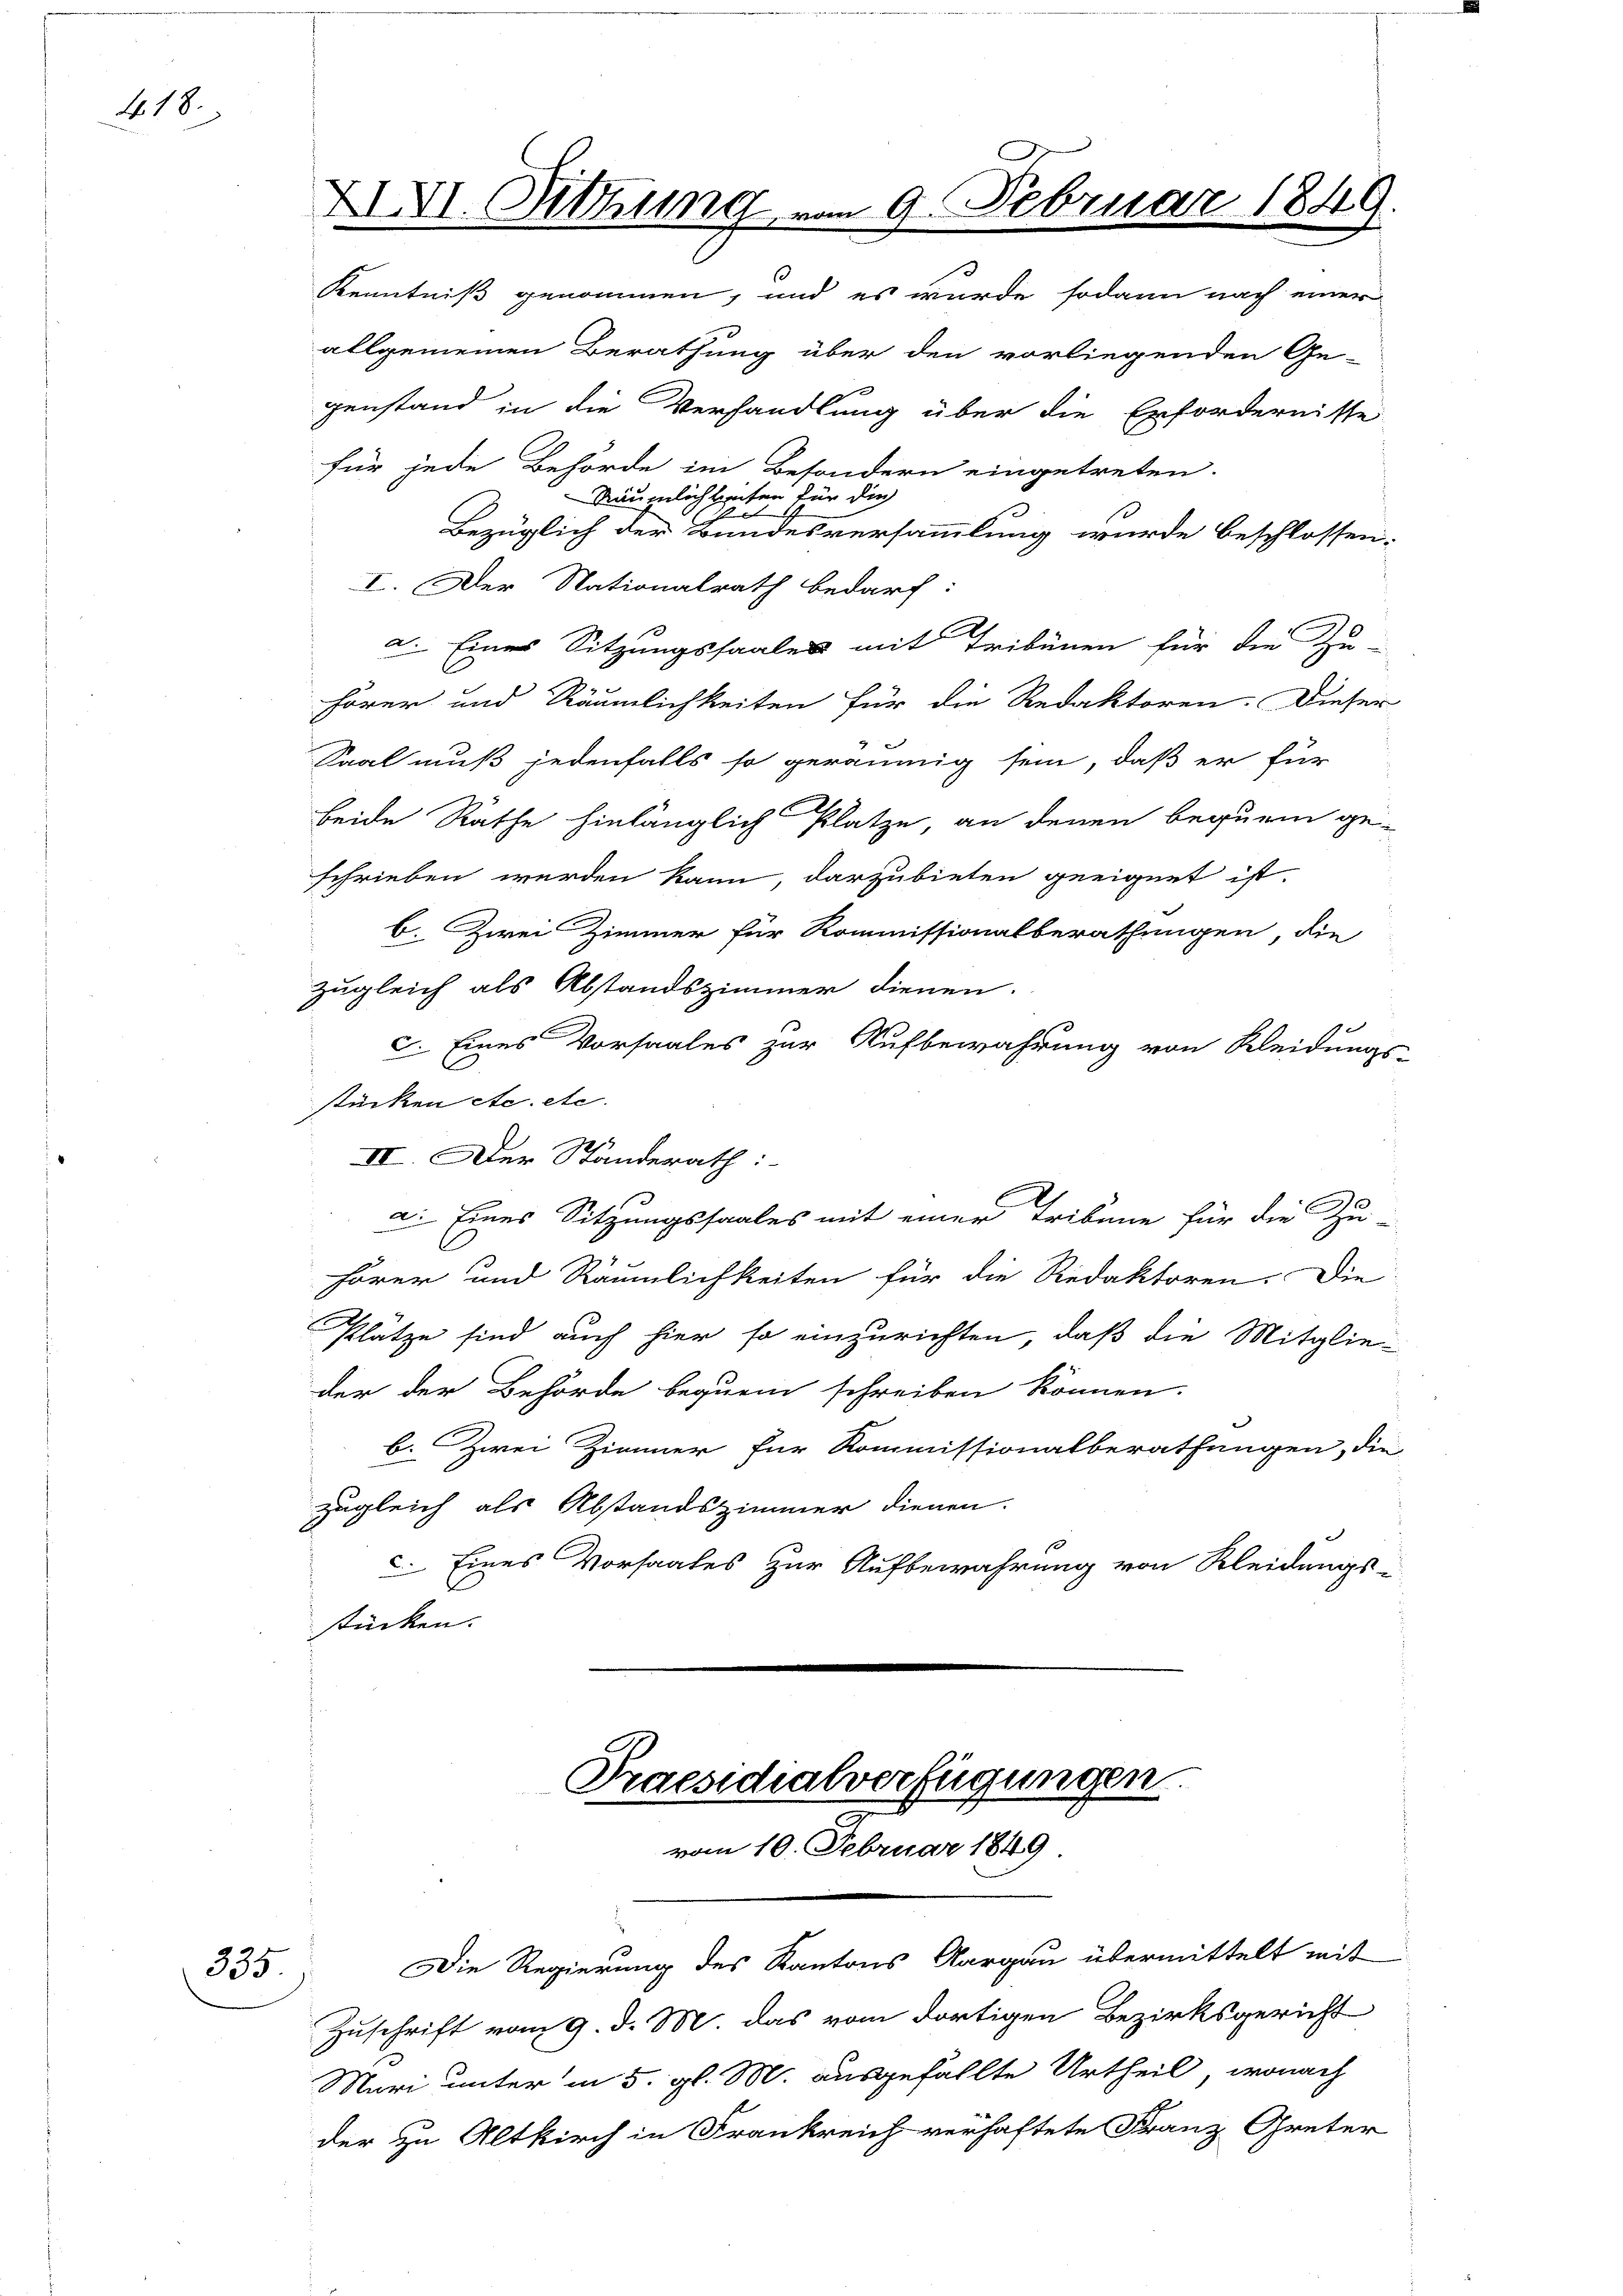
418.

335.

Kenntniß genommen, und es wurde sodann nach einer
allgemeinen Berathung über den vorliegenden Ge-
genstand in die Verhandlung über die Erfordernisse
für jede Behörde im Besondern eingetreten.
Räumlich beiten für die
1
Bezüglich der Bundesversammlung wurde beschlossen:
I. Der Nationalrath bedarf:
a. Eines Sitzungssaales mit Tribünen für die Zu-
hörer und Räumlichkeiten für die Redaktoren. Dieser
Kaal muß jedenfalls so geräumig sein, daß er für
beide Räthe hinlänglich Platze, an denen bequem ge-
schrieben werden kann, darzubieten geeignet ist.
b. Zwei Zimmer für Kommissionalberathungen, die
zugleich als Abstandszimmer dienen.
c. Eines Vorsaales zur Aufbewahrung von Kleidungs-
stücken etc. etc.
IV. Der Ständerath:
a. Eines Sitzungssaales mit einer Tribane für die Zu-
hörer und Räumlichkeiten für die Redaktoren. Die
Plätze sind auch hier so einzurichten, daß die Mitglie-
der der Behörde bequem schreiben können.
b. Zwei Zimmer für Kommissionalberathungen, die
zugleich als Abstandszimmer dienen.
c. Eines Vorsaales zur Aufbewahrung von Kleidungs-
stücken.

XVI. Sitzung vom 9. Februar 1849

Praesidialverfügungen.

vom 10. Februar 1849

Die Regierung des Kantons Aargau übermittelt mit
Zuschrift vom 9. d. M. das vom dortigen Bezirksgericht
Muri unter in 5. gl. M. ausgefällte Urtheil, wonach
der zu Altkirch in Frankreich verhaftete Franz Creter